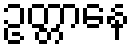
ဥတ္တာနေ